Vaccination in Bombay 1902-1912 - 1902-1912
Year: 1902
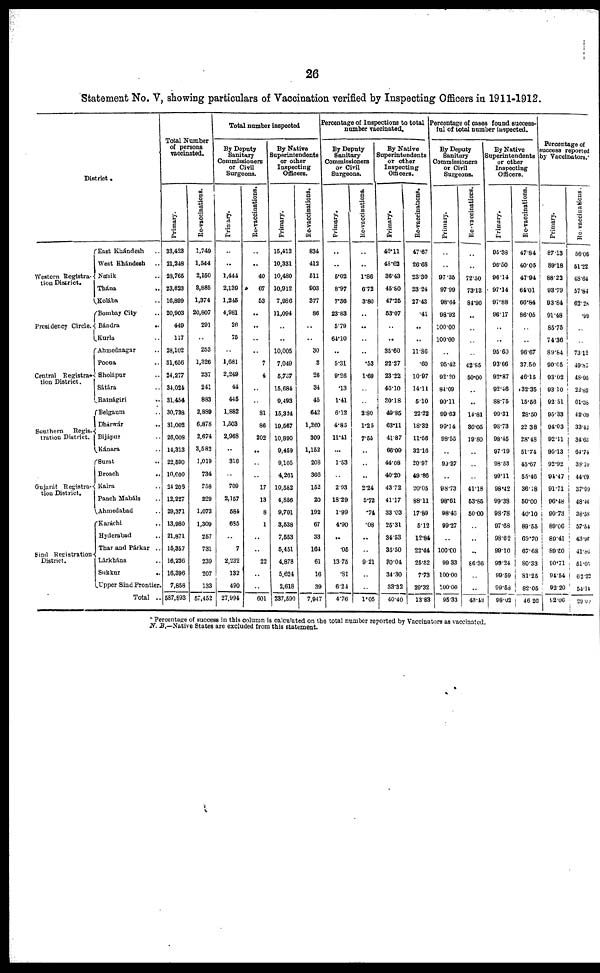
26
Statement No. V, showing particulars of Vaccination verified by Inspecting Officers in 1911-1912.
District .
Western Registra-
tion District.
Presidency Circle.
Central Registra-
tion District.
Southern
Regis-
tration District.
Gujarat Registra-
tion District.
Sind Registration
District.
East Khándesh ..
West Khándesh
..
Násik ..
Thána ..
Kolába ..
Bombay City ..
Bándra
..
Kurla ..
Ahmednagar ..
Poona ..
Sholápur ..
Sátára ..
Ratnágiri ..
Belgaum ..
Dhárwár
..
Bijápur ..
Kánara ..
Surat ..
Broach
..
Kaira ..
Panch Maháls ..
Ahmedabad ..
Karáchi ..
Hyderabad ..
Thar and Párkar ..
Lárkhána ..
Sukkur
..
Upper Sind Frontier.
Total ..
Total Number
of persons
vaccinated.
Primary.
33,423
21,248
23,765
23,823
16,899
20,903
449
117
28,102
31,656
24,277
34,024
31,454
30,738
31,002
26,008
14,313
22,590
10,600
24,206
12,227
29,371
13,980
21,871
15,357
16,236
16,396
7,858
587,893
Re-vaccinations.
1,749
1,544
2,150
3,885
1,374
20,807
291
..
253
1,326
237
241
883
2,889
6,878
2,674
3,582
1,019
734
758
229
1,073
1,309
257
731
239
207
133
57,452
Total number inspected
By Deputy
Sanitary
Commissioners
or Civil
Surgeons.
Primary.
..
..
1,444
2,139
1,245
4,981
26
75
..
1,681
2,249
44
445
1,882
1,503
2,968
..
316
..
709
2,157
584
685
..
7
2,232
132
490
27,994
Re-vaccinations.
..
..
40
67
53
..
..
..
..
7
4
..
..
81
86
202
..
..
..
17
13
8
1
..
..
22
..
..
601
By Native
Superintendents
or other
Inspecting
Officers.
Primary.
15,412
10,331
10,480
10,912
7,986
11,094
..
..
10,005
7,049
5,737
15,684
9,493
15,324
19,567
10,890
9,459
9,105
4,261
10,582
4,856
9,701
3,538
7,553
5,451
4,878
5,624
2,618
237,590
Re-vaccinations.
834
412
511
903
377
86
..
..
30
3
26
34
45
642
1,260
309
1,152
208
366
152
20
192
67
33
164
61
16
39
7,947
Percentage of Inspections to total
number vaccinated.
By Deputy
Sanitary
Commissioners
or Civil
Surgeons.
Primary.
..
..
5.02
8.97
7.36
23.83
5.79
64.10
..
5.31
9.26
.13
1.41
6.12
4.85
11.41
..
1.53
..
2.93
18.29
1.99
4.90
..
.05
13.75
.81
6.24
4.76
Re-vaccinations.
..
..
1.86
6.72
3.80
..
..
..
..
.53
1.69
..
..
2.80
1.25
7.55
..
..
..
2.24
5.72
.74
.08
..
..
9.21
..
..
1.05
By Native
Superintendents
or other
Inspecting
Officers.
Primary.
46.11
48.62
36.43
45.80
47.25
53.07
..
..
35.60
22.27
23.22
46.10
30.18
49.85
63.11
41.87
66.09
44.08
40.20
43.72
41.17
33.03
25.31
34.53
35.50
30.04
34.30
33.32
40.40
Re-vaccinations.
47.67
26.68
23.30
23.24
27.43
.41
..
..
11.86
.60
10.97
14.11
5.10
22.22
18.32
11.56
32.16
20.97
49.86
20.05
88.11
17.89
5.12
12.84
22.44
25.52
7.73
29.32
13.83
Percentage of cases found success-
ful of total number inspected.
By Deputy
Sanitary
Commissioners
or Civil
Surgeons.
Primary.
..
..
97.35
97.99
98.64
98.92
100.00
100.00
..
95.42
92.20
84.09
90.11
99.63
99.14
98.55
..
99.37
..
98.73
98.61
98.46
99.27
..
100.00
99.33
100.00
100.00
95.33
Re-vaccinations.
..
..
72.50
73.13
84.90
..
..
..
..
42.85
50.00
..
..
14.81
36.05
19.80
..
..
..
41.18
53.85
50.00
..
..
..
86.36
..
..
43.43
By Native
Superintendents
or other
Inspecting
Officers.
Primary.
95.38
96.50
96.14
97.14
97.88
96.17
..
..
95.60
93.66
92.87
92.46
88.75
99.31
98.73
98.45
97.19
98.53
99.11
98.42
99.38
98.78
97.68
98.62
99.10
99.24
99.59
99.58
98.02
Re-vaccinations.
47.84
40.05
47.94
64.01
66.84
86.05
..
..
96.67
37.50
46.15
32.35
15.56
28.50
22.38
28.48
51.74
45.67
55.46
36.18
50.00
40.10
89.55
69.70
67.68
80.33
81.25
82.05
46.26
Percentage of
success reported
by Vaccinators.*
Primary.
87.13
89.18
88.22
93.79
93.84
91.48
85.75
74.36
89.64
90.65
93.02
93.10
92.51
95.33
94.03
92.11
95.13
92.92
94.47
91.71
96.48
90.73
89.06
89.41
89.50
90.71
94.54
92.20
92.06
Re-vaccinations.
56.06
51.22
48.64
57.84
62.28
.99
..
..
73.12
49.85
48.95
22.82
61.38
42.09
33.42
34.63
64.74
38.10
44.69
37.99
48.46
38.58
57.54
43.97
41.86
51.05
62.32
54.44
29.00
* Percentage of success in this column is calculated on the total number reported by Vaccinators as vaccinated.
N. B.—Native States are excluded from this statement.